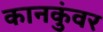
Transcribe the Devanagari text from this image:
कानकुंवर